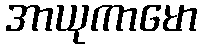
အာယုကာမော